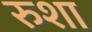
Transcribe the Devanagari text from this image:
रुशा